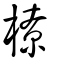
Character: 橑